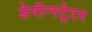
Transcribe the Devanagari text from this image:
डेमॉन्स्ट्रेटर